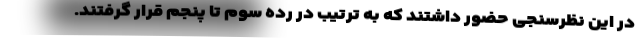
در این نظرسنجی حضور داشتند که به ترتیب در رده سوم تا پنجم قرار گرفتند.